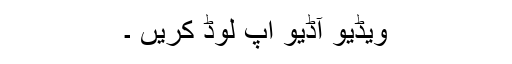
ویڈیو آڈیو اپ لوڈ کریں ۔